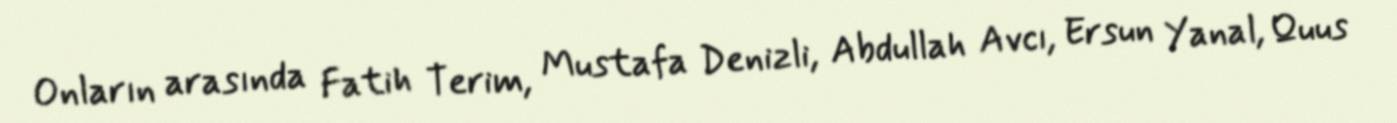
Onların arasında Fatih Terim, Mustafa Denizli, Abdullah Avcı, Ersun Yanal, Quus